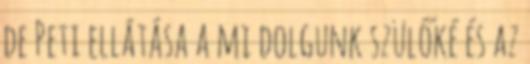
de Peti ellátása a mi dolgunk szülőké és az